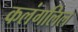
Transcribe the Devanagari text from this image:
कलंगलिल